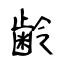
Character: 齢